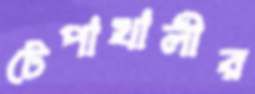
টেপাখালীর